Alphabetical list of drugs, medicines and other preparations free from, and containing, spirit compiled from the results of tests made by the customs houses at Calcutta, Bombay, and Madras
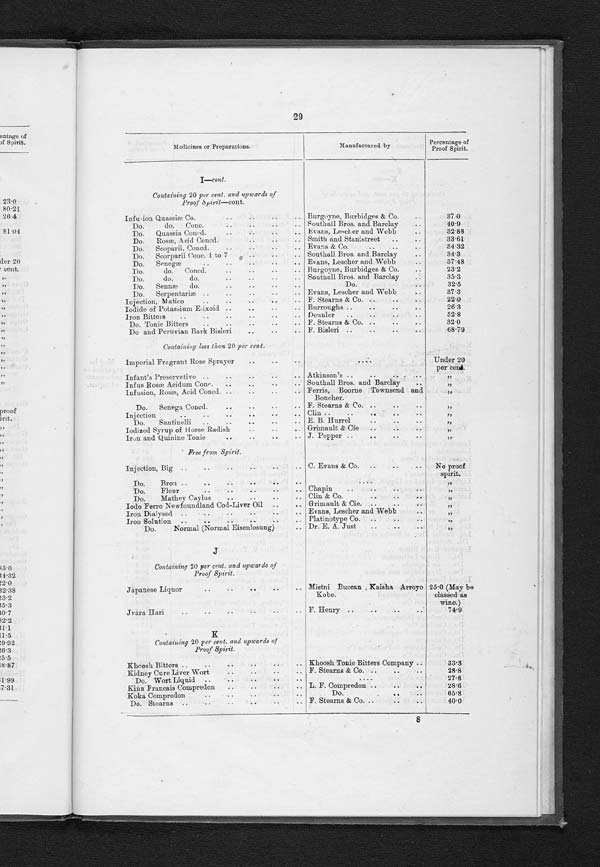
21
Medicines or Preparations.
Manufactured by
Percentage of
Proof Spirit.
E—cont.
Containing 20 per cent. and upwards of
Proof Spirit—cont.
Extract Ginger Ale Concentrated
Barnett and Foster
1 0 7 . 3 6
Do.
do.
Soluble
Bratby and Hinchliffe
81.0
Do.
do.
Premier
Duckworth & Co.
86.1
Do.
do.
do.
8 2 . 7 8
Do.
do.
(Red Club Brand)
Barnett and. Foster
67.0
Do.
do.
William Hay (Limited)
3 4 . 0
Do.
do.
Imperial
.
Stevenson and Howell
43.0
Do. Ginger Beer
Do.
89.68
Do.
do.
Clayton and Jowett
8 4 . 0
Do.
do.
Aromatic
Stevenson and Howell
107.31
Do.
do.
Stone
.
Duckworth & Co.
1 06.0
Do. Glycyrrh Liq.
-
Southall Brothers
I
21.0
Do.
do.
Gehe & Co.
26 0
Do. Golden Seal
F. Stearns & Co.
1 1 3 . 4 1
Do. Golden Seal Fluid
.
Parke Davis & Co.
68.7
Do. Grape
.
,.
, W. J. Bush & Co.
32.-1
Do. Gravel Plant Fluid.
Parke Davis & Co.
63.4
Do.
Grindeliac Liq.
' Southall Brothers
1 1 4 . 2
Do. Grindelia Fluid
' Parke Davis & Co.
57.4
Do. Grindelia Liquid
Herrings & Co.
1 4 1 . 8 8
Do. Grindelia Robusta
. .
F. Stearns & Co.
133.99
Do. Guaiac Wood Fluid
Parke Davis & Co.
90.2
Do. Guarana Fluid
.,
Parke Davis & Co.
. ;
106.2,
Do. Gum or French Cream
W. J. Bush & Co.
39.0
Do. Gum French Cream
, .
Do.
3 6 . 6
Do. Helonias Compound, Fluid
Parke Davis & Co.
72.16
Do. Hot Tom Soluble
Bratby and Hinchliffe
90.0
Do.
Hydrastics Fluid
. Parke Davis & Co.
82.6
Do. Hydrastis
Evans, Lescher and Webb
6 2 . 2 2
Do.
Hyocyami Fluid
Parke Davis & Co.
1 0 5 . 9 6
Do. Indian Black Hemp
F. Stearns & Co.
4 6 . 5 9
Do. Indian Canabis Fluid
Parke Davis & Co.
1 5 3 . 3 2
Do. Ipecac Fluid
1 ) 0 .
5 6 . 1 8
Do. Jamaica Dogwood Fluid
Do.
. .
,
116.2
Do.
do.
Gin ger . ,
Clayton and Jowett
80.5
Do. Kava Kava Fluid
Parke Davis & Co.
1 1 1 . 8 8
Do. Kola Nut Fluid
,
Do.
9 1 . 4
Do.
do. Tonic Soluble
Bratby and Hinchliffe
7 2 . 0
Do. Lavendar Compd Liquid
Parke Davis & Co.
152.0
Do. Lager Beer, Conc.
Clayton and Jowett
91.4
Do. Lemon Flavouring
. .
F. Stearns & Co.
69.0
Do. Lemons
Clayton and Jowett
143.12
Do. Lemons Soluble
Ainsworth, Clayton and Jowet t
93.5
Do. Lemon Squash Fruit
Bratby and Hinchliffe
122.0
Do. Lily-of-the-Valley Root Fluid
Parke Davis & Co.
631)
Do. Lupatin Fluid
Do.
1 1 6 . 6 4
Do. Manaca Fluid
Do.
.
114.2
Do. Meat and Malt Wine
Imported by Army and Navy
Co-operative Society (Limited).
27.0
I
Do. Mercia Fluid (Bay Rum Essence)
F. Stearns & Co.
.
112.5
Do. Mezerii æth Alcohol
. .
Gehe & Co
6 8 . 0
Do. Muizapaanaa Fluid
PParke Davis & Co.
1 2 1 . 8
Do. Myrgi
.
F. Stearns & Co.
.
118.48
Do. Nitrici Soluble
Burgoyne, Burbidges & Co.
118-0
Do.
do.
do.
Southall Bros. and Barclay
1 1 2 . 0
Do.
do.
do. Conc.
. .
107.4
Do. Non Pale Ale Soluble
Bratby and Hinchliffe
60.0
Do. Normal Fluid Ergot
. .
Parke Davis & Co.
46.27
Do. Nux Vomica Fluid
Do.
.
1 1 4 . 4 8
Do. Nux Vomica, Liquid, P. B.
Southall Brothers and Barclay
97.0
Do. Orange Bitters
Clayton and Jowett
82.0
Do. Orange Champagne Soluble
.
Do.
96.5
Do. Orange Peel Sweet Fluid
Parke Davis & Co.
85.08
Do. Pellitory Fluid
Do.
9 2 . 1 6
Do.
Pichi Fluid
Thos. Christy & Co.
3 3 . 4 4
Do. Pichi Fluid
Parke Davis & Co.
121.8
Do. Pick-me-up Soluble
Bratby and Hinchliffe
71.0